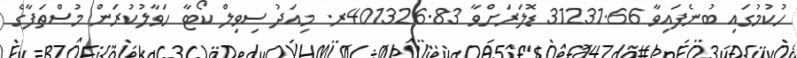
ހުކުމުގައި ބުނެފައިވާ 31231.66 ޑޮލަރަށްވާ 401326.83ރ. މިއަދު ސިވިލް ކޯޓާ ހަވާލުކުރަން މުސްތަފާގެ